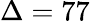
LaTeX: \Delta=77